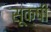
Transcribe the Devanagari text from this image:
सूक्षी